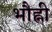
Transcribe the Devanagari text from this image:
भौह्नी